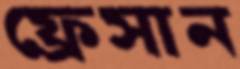
ফ্রেসান